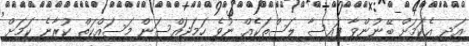
އަދި އެކަމަށް ބޭނުންވާ ފައިސާ ލަސްތަކެއް ނުވެ ހަމަޖައްސަން މަސައްކަތް ކުރާނެ ކަމަށް